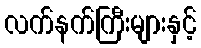
လက်နက်ကြီးများနှင့်